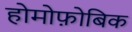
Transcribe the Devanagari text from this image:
होमोफ़ोबिक